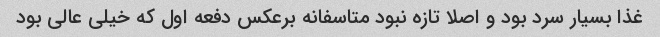
غذا بسیار سرد بود و اصلا تازه نبود متاسفانه برعکس دفعه اول که خیلی عالی بود